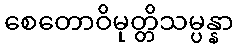
စေတောဝိမုတ္တိသမ္ပန္နာ